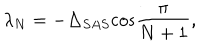
\lambda _ { N } = - \Delta _ { S A S } \mathrm { \cos } \frac { \pi } { N + 1 } ,